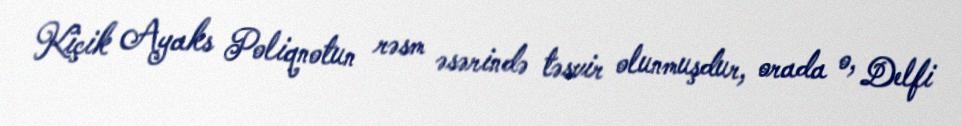
Kiçik Ayaks Poliqnotun rəsm əsərində təsvir olunmuşdur, orada o, Delfi